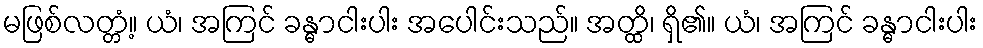
မဖြစ်လတ္တံ့။ ယံ၊ အကြင် ခန္ဓာငါးပါး အပေါင်းသည်။ အတ္ထိ၊ ရှိ၏။ ယံ၊ အကြင် ခန္ဓာငါးပါး